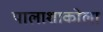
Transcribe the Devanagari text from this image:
पालाशाकोला